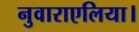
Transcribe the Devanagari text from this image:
नुवाराएलिया।